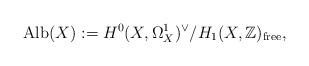
LaTeX: \begin{align*} \mathrm{Alb} (X) := H^0 (X, \Omega_X^1)^{\vee} / H_1 (X, \mathbb{Z})_{\rm free},\end{align*}